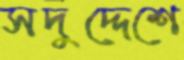
সদুদ্দেশে